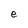
Character: e